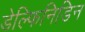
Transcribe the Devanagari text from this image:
डेल्फिनिडिन